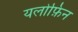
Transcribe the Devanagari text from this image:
यलोफ़िन